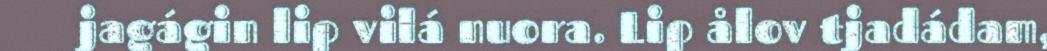
jagágin lip vilá nuora. Lip ålov tjadádam,